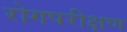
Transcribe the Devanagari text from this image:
रोगपरीक्षण